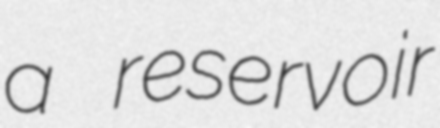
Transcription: a reservoir